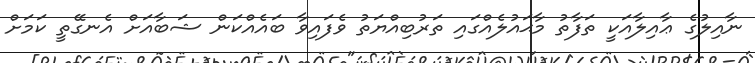
ނާއިލުގެ ޢާއިލާއަކީ ތަފާތު މާޙައުލެއްގައި ތަރުބިއްޔަތު ވެފައިވާ ބައެއްކަން ޝަބާއަށް އެނގޭތީ ކަމަށް